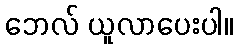
ဘေလ် ယူလာပေးပါ။